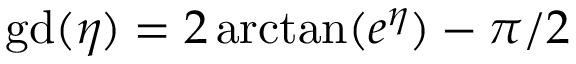
\mathrm { { g d } } ( \eta ) = 2 \arctan ( e ^ { \eta } ) - \pi / 2